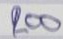
200